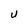
Character: U